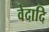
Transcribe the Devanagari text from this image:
वेदादि